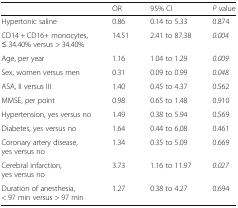
<table><thead><tr><td></td><td><b>OR</b></td><td><b>95% CI</b></td><td><b><i>P</i> value</b></td></tr></thead><tbody><tr><td>Hypertonic saline</td><td>0.86</td><td>0.14 to 5.33</td><td>0.874</td></tr><tr><td>CD14 + CD16+ monocytes, ≤ 34.40% versus &gt; 34.40%</td><td>14.51</td><td>2.41 to 87.38</td><td><i>0.004</i></td></tr><tr><td>Age, per year</td><td>1.16</td><td>1.04 to 1.29</td><td><i>0.009</i></td></tr><tr><td>Sex, women versus men</td><td>0.31</td><td>0.09 to 0.99</td><td><i>0.048</i></td></tr><tr><td>ASA, II versus III</td><td>1.40</td><td>0.45 to 4.37</td><td>0.562</td></tr><tr><td>MMSE, per point</td><td>0.98</td><td>0.65 to 1.48</td><td>0.910</td></tr><tr><td>Hypertension, yes versus no</td><td>1.49</td><td>0.38 to 5.94</td><td>0.569</td></tr><tr><td>Diabetes, yes versus no</td><td>1.64</td><td>0.44 to 6.08</td><td>0.461</td></tr><tr><td>Coronary artery disease, yes versus no</td><td>1.34</td><td>0.35 to 5.09</td><td>0.669</td></tr><tr><td>Cerebral infarction, yes versus no</td><td>3.73</td><td>1.16 to 11.97</td><td><i>0.027</i></td></tr><tr><td>Duration of anesthesia, &lt; 97 min versus &gt; 97 min</td><td>1.27</td><td>0.38 to 4.27</td><td>0.694</td></tr></tbody></table>